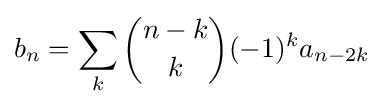
b_{n}=\sum _{k}{\binom {n-k}{k}}(-1)^{k}a_{n-2k}